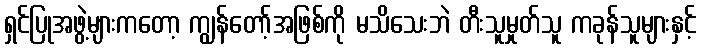
ရှင်ပြုအဖွဲ့များကတော့ ကျွန်တော့်အဖြစ်ကို မသိသေးဘဲ တီးသူမှုတ်သူ ကခုန်သူများနှင့်